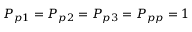
P _ { p 1 } = P _ { p 2 } = P _ { p 3 } = P _ { p p } = 1